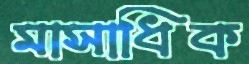
মাসাধিক